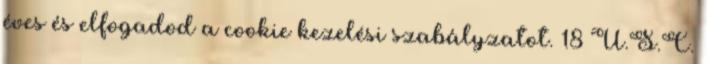
éves és elfogadod a cookie kezelési szabályzatot. 18 U.S.C.